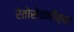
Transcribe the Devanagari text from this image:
रेतोसेचनीच्या